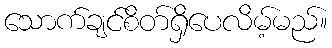
သောက်ချင်စိတ်ရှိပေလိမ့်မည်။